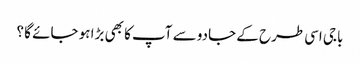
باجی اسی طرح کے جادو سے آپ کا بھی بڑا ہو جائے گا ؟